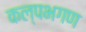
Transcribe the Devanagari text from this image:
कल्पभगण